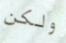
ولكن